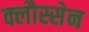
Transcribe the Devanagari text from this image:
क्लौस्सेन